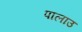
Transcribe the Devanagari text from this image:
पालाउ